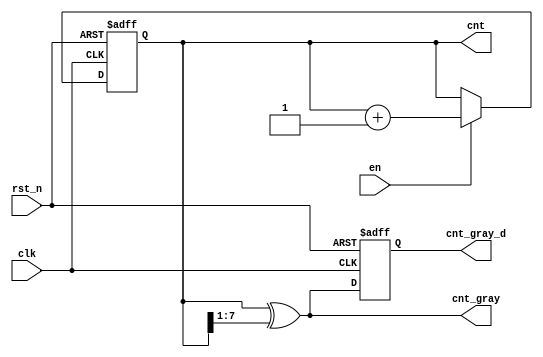
module ccnt_gray #(
	parameter W = 32'd8
	)(
	input			clk   	   ,  // Clock
	input			rst_n 	   ,  // Asynchronous reset active low
	input			en 	  	   ,
	   
	output	[W-1:0]	cnt   	   ,  // count output
	output	[W-1:0]	cnt_gray   ,  // count's gray code
	output	[W-1:0]	cnt_gray_d    // count's gray code buffer output

);
	reg [W-1:0] cnt_r ;
	always @(posedge clk or negedge rst_n) begin
		if (rst_n == 1'b0) begin
			cnt_r <= 'b0 ;
		end
		else if (en) begin
			cnt_r <= cnt_r + 1'b1  ;
		end
	end

	assign cnt = cnt_r ;
	assign cnt_gray = cnt ^ (cnt >> 1) ;

	reg [W-1:0] cnt_gray_buf ;
	always @(posedge clk or negedge rst_n) begin
		if (rst_n == 1'b0) begin
			cnt_gray_buf <= 'b0 ;
		end
		else begin
			cnt_gray_buf <= cnt_gray ;
		end
	end

	assign cnt_gray_d = cnt_gray_buf ;

endmodule